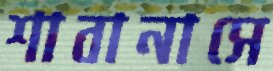
শাবানাসে